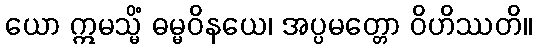
ယော ဣမသ္မိံ ဓမ္မဝိနယေ၊ အပ္ပမတ္တော ဝိဟိဿတိ။